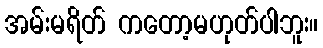
အမ်းမရိတ် ကတော့မဟုတ်ပါဘူး။